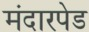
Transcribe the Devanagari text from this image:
मंदारपेड